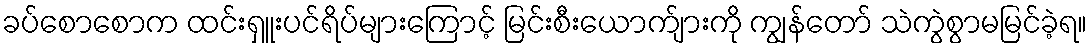
ခပ်စောစောက ထင်းရှူးပင်ရိပ်များကြောင့် မြင်းစီးယောက်ျားကို ကျွန်တော် သဲကွဲစွာမမြင်ခဲ့ရ။